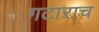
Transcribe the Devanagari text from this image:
गटाराच